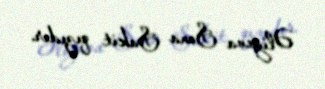
Əliyeva Sona Sakit qızıdır.